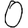
Digit: 0